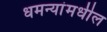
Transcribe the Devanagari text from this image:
धमन्यांमधील